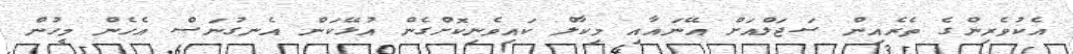
އެކުވެރިންގެ ތެރެއިން ސަޖަލްއަށް އޭނައާއި މިކާލް ކައިވެނިކޮށްގެން އުޅޭކަން އެނގުނަސް އެހެން މީހުން